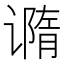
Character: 𰶇